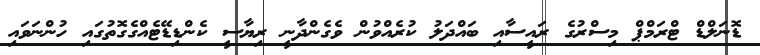
ޑޮނަލްޑް ޓްރަމްޕް މިސްރުގެ ރައީސާއި ބައްދަލު ކުރެއްވުން ވެގެންދާނީ ރިޔާސީ ކެންޑިޑޭޓެއްގެގޮތުގައި ހުންނަވައި